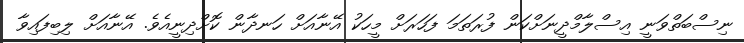
ނިސްބަތްވަނީ އިސްލާމްދީނަށްކަން ފުރަތަމަ ފަހަރަށް މީހަކު އޭނާއަށް ހަނދާން ކޮށްދިނީއެވެ. އޭނާއަށް ލިބިފައިވާ